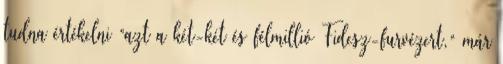
tudna értékelni “azt a két-két és félmillió Fidesz-furvézert,” már